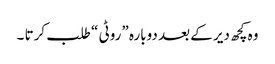
وہ کچھ دیر کے بعد دوبارہ ”روٹی “ طلب کرتا ۔